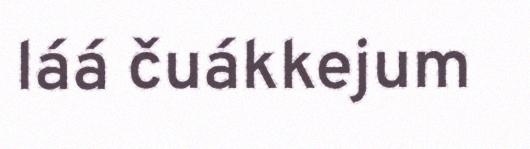
láá čuákkejum